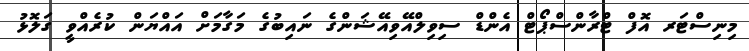
މިނިސްޓަރ އޮފް ޓްރާންސްޕޯޓް އެންޑް ސިވިލްއޭވިއޭޝަންގެ ނައިބުގެ މަގާމަށް އައްޔަން ކުރެއްވީ ގަލޮޅު